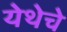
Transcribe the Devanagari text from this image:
येथेचे